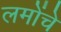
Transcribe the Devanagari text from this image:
लमोंचे